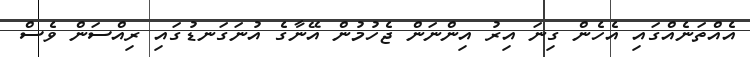
އެއްތަނެއްގައި އެހެން ގިނަ އިރު އިންނަން ޖެހުމުން އޭނާގެ އުނަގަނޑުގައި ރިއްސަން ވެސް